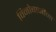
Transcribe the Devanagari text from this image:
विनोबाजींना